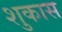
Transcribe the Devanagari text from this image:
शुकास